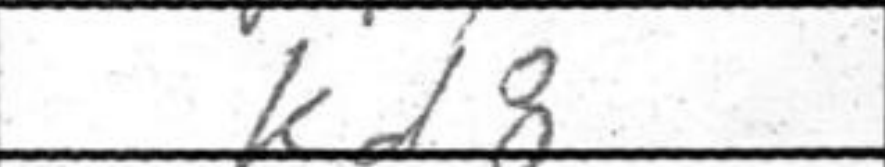
Transcription: Kd8